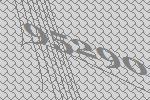
95290